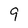
Character: 9